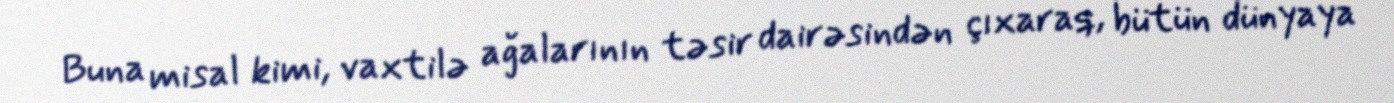
Buna misal kimi, vaxtilə ağalarının təsir dairəsindən çıxaraq, bütün dünyaya